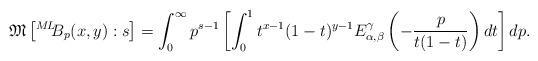
LaTeX: \begin{align*}\mathfrak{M}\left[ {}^{M\!L\!\!}{B}_{p}(x,y) : s\right]=\int_{0}^{\infty} p^{s-1} \left[\int_{0}^{1} t^{x-1}(1-t)^{y-1}E_{\alpha, \beta}^{\gamma}\left(-\frac{p}{t(1-t)}\right)dt\right]dp. \end{align*}